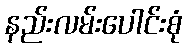
နည်းလမ်းပေါင်းစုံ